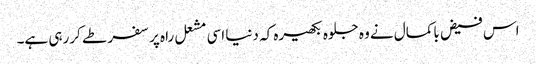
اس فیض باکمال نے وہ جلوہ بکھیرہ کہ دنیا اسی مشعل راہ پر سفر طے کررہی ہے۔